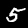
Digit: 5